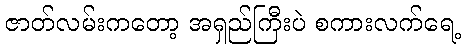
ဇာတ်လမ်းကတော့ အရှည်ကြီးပဲ စကားလက်ရေ့